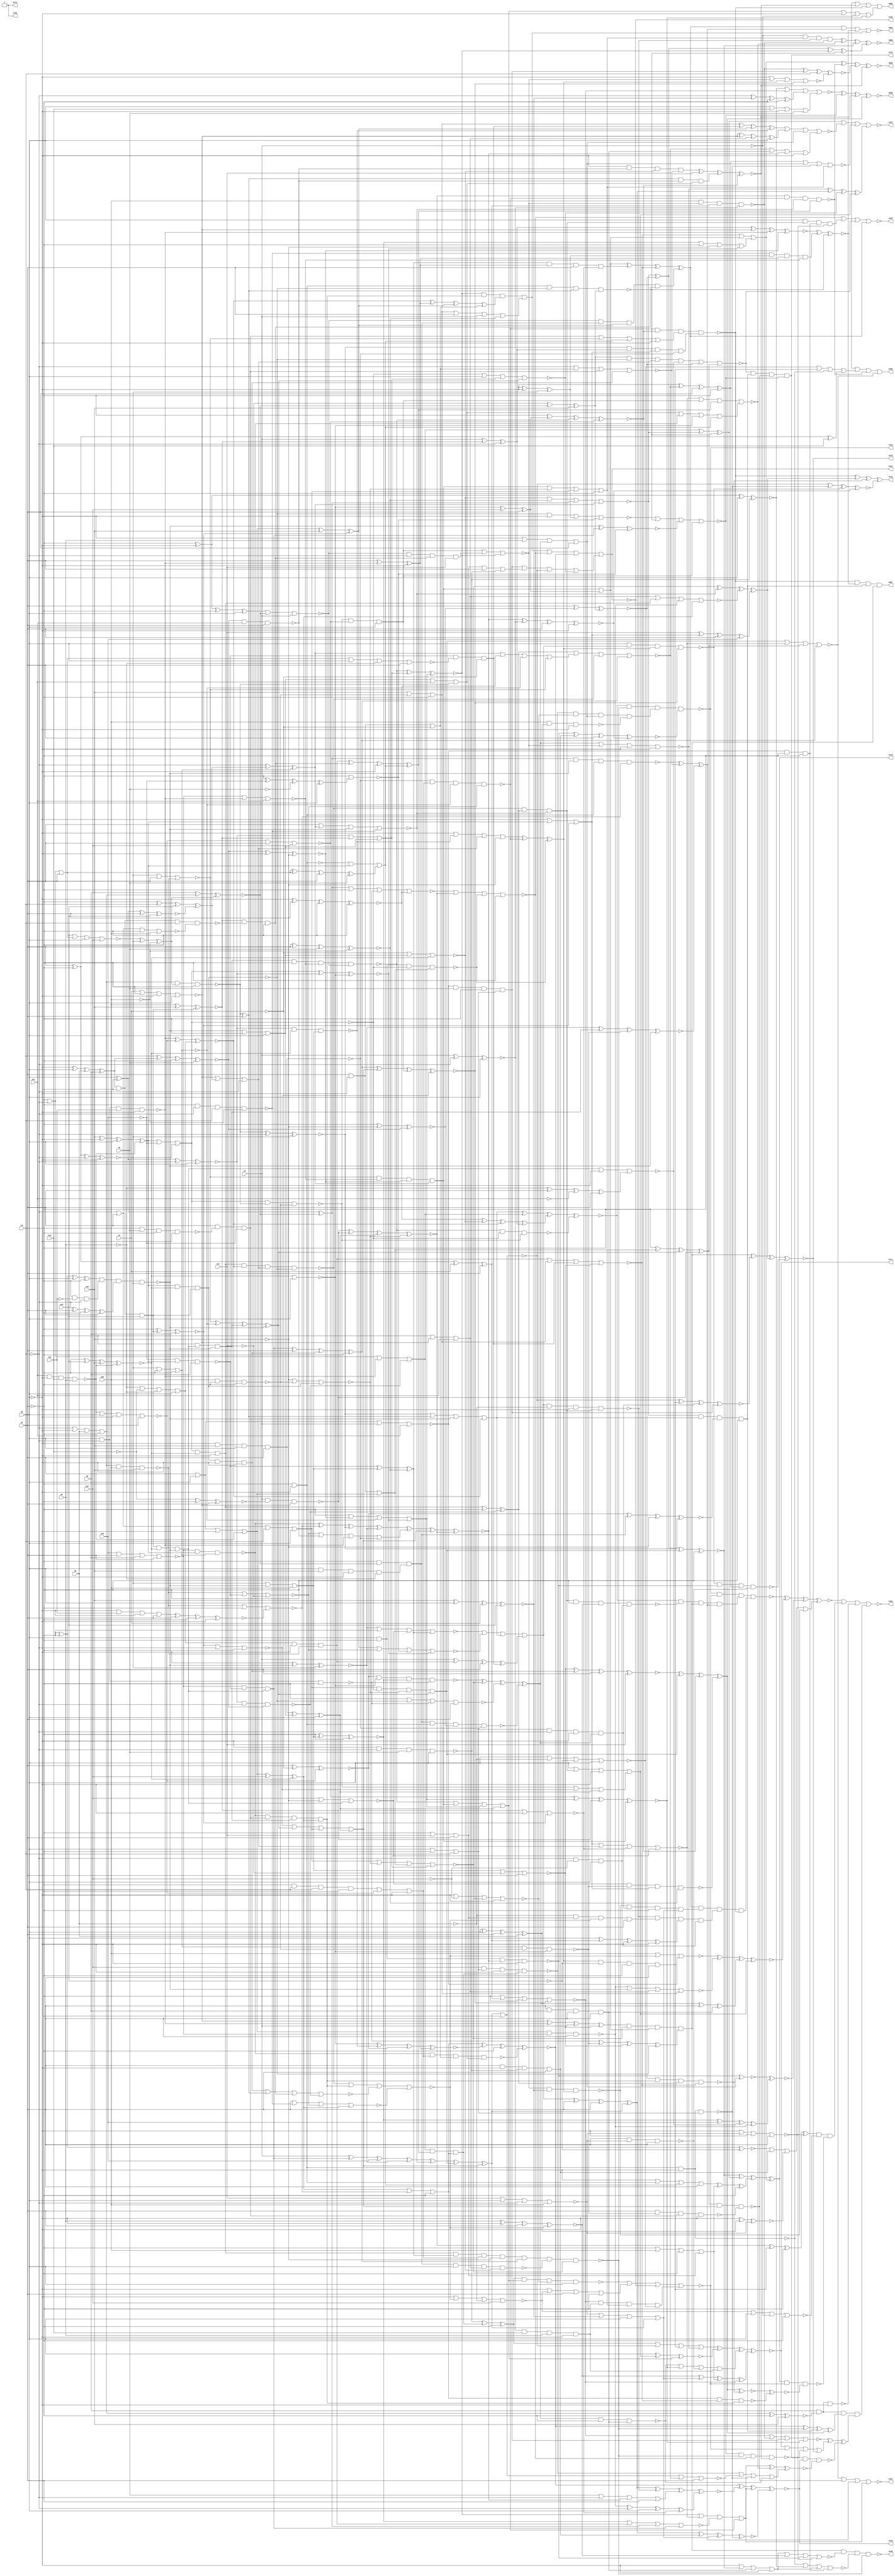
// Benchmark C:\Users\Lucas Nestor\Documents\osu\sp21\esl\circuit_generation\Stats\5_24_randomized_params\Stat_736_2431 written by SynthGen on 2021/05/24 19:48:30
module Stat_736_2431( n1, n2, n3, n4, n5, n6, n7, n8,
 n9, n10, n11, n12, n13, n14, n15, n16,
 n17, n18,
 n718, n721, n699, n697, n694, n695, n715, n717,
 n705, n719, n727, n711, n706, n712, n716, n713,
 n726, n707, n698, n696, n730, n753, n754);

input n1, n2, n3, n4, n5, n6, n7, n8,
 n9, n10, n11, n12, n13, n14, n15, n16,
 n17, n18;

output n718, n721, n699, n697, n694, n695, n715, n717,
 n705, n719, n727, n711, n706, n712, n716, n713,
 n726, n707, n698, n696, n730, n753, n754;

wire n19, n20, n21, n22, n23, n24, n25, n26,
 n27, n28, n29, n30, n31, n32, n33, n34,
 n35, n36, n37, n38, n39, n40, n41, n42,
 n43, n44, n45, n46, n47, n48, n49, n50,
 n51, n52, n53, n54, n55, n56, n57, n58,
 n59, n60, n61, n62, n63, n64, n65, n66,
 n67, n68, n69, n70, n71, n72, n73, n74,
 n75, n76, n77, n78, n79, n80, n81, n82,
 n83, n84, n85, n86, n87, n88, n89, n90,
 n91, n92, n93, n94, n95, n96, n97, n98,
 n99, n100, n101, n102, n103, n104, n105, n106,
 n107, n108, n109, n110, n111, n112, n113, n114,
 n115, n116, n117, n118, n119, n120, n121, n122,
 n123, n124, n125, n126, n127, n128, n129, n130,
 n131, n132, n133, n134, n135, n136, n137, n138,
 n139, n140, n141, n142, n143, n144, n145, n146,
 n147, n148, n149, n150, n151, n152, n153, n154,
 n155, n156, n157, n158, n159, n160, n161, n162,
 n163, n164, n165, n166, n167, n168, n169, n170,
 n171, n172, n173, n174, n175, n176, n177, n178,
 n179, n180, n181, n182, n183, n184, n185, n186,
 n187, n188, n189, n190, n191, n192, n193, n194,
 n195, n196, n197, n198, n199, n200, n201, n202,
 n203, n204, n205, n206, n207, n208, n209, n210,
 n211, n212, n213, n214, n215, n216, n217, n218,
 n219, n220, n221, n222, n223, n224, n225, n226,
 n227, n228, n229, n230, n231, n232, n233, n234,
 n235, n236, n237, n238, n239, n240, n241, n242,
 n243, n244, n245, n246, n247, n248, n249, n250,
 n251, n252, n253, n254, n255, n256, n257, n258,
 n259, n260, n261, n262, n263, n264, n265, n266,
 n267, n268, n269, n270, n271, n272, n273, n274,
 n275, n276, n277, n278, n279, n280, n281, n282,
 n283, n284, n285, n286, n287, n288, n289, n290,
 n291, n292, n293, n294, n295, n296, n297, n298,
 n299, n300, n301, n302, n303, n304, n305, n306,
 n307, n308, n309, n310, n311, n312, n313, n314,
 n315, n316, n317, n318, n319, n320, n321, n322,
 n323, n324, n325, n326, n327, n328, n329, n330,
 n331, n332, n333, n334, n335, n336, n337, n338,
 n339, n340, n341, n342, n343, n344, n345, n346,
 n347, n348, n349, n350, n351, n352, n353, n354,
 n355, n356, n357, n358, n359, n360, n361, n362,
 n363, n364, n365, n366, n367, n368, n369, n370,
 n371, n372, n373, n374, n375, n376, n377, n378,
 n379, n380, n381, n382, n383, n384, n385, n386,
 n387, n388, n389, n390, n391, n392, n393, n394,
 n395, n396, n397, n398, n399, n400, n401, n402,
 n403, n404, n405, n406, n407, n408, n409, n410,
 n411, n412, n413, n414, n415, n416, n417, n418,
 n419, n420, n421, n422, n423, n424, n425, n426,
 n427, n428, n429, n430, n431, n432, n433, n434,
 n435, n436, n437, n438, n439, n440, n441, n442,
 n443, n444, n445, n446, n447, n448, n449, n450,
 n451, n452, n453, n454, n455, n456, n457, n458,
 n459, n460, n461, n462, n463, n464, n465, n466,
 n467, n468, n469, n470, n471, n472, n473, n474,
 n475, n476, n477, n478, n479, n480, n481, n482,
 n483, n484, n485, n486, n487, n488, n489, n490,
 n491, n492, n493, n494, n495, n496, n497, n498,
 n499, n500, n501, n502, n503, n504, n505, n506,
 n507, n508, n509, n510, n511, n512, n513, n514,
 n515, n516, n517, n518, n519, n520, n521, n522,
 n523, n524, n525, n526, n527, n528, n529, n530,
 n531, n532, n533, n534, n535, n536, n537, n538,
 n539, n540, n541, n542, n543, n544, n545, n546,
 n547, n548, n549, n550, n551, n552, n553, n554,
 n555, n556, n557, n558, n559, n560, n561, n562,
 n563, n564, n565, n566, n567, n568, n569, n570,
 n571, n572, n573, n574, n575, n576, n577, n578,
 n579, n580, n581, n582, n583, n584, n585, n586,
 n587, n588, n589, n590, n591, n592, n593, n594,
 n595, n596, n597, n598, n599, n600, n601, n602,
 n603, n604, n605, n606, n607, n608, n609, n610,
 n611, n612, n613, n614, n615, n616, n617, n618,
 n619, n620, n621, n622, n623, n624, n625, n626,
 n627, n628, n629, n630, n631, n632, n633, n634,
 n635, n636, n637, n638, n639, n640, n641, n642,
 n643, n644, n645, n646, n647, n648, n649, n650,
 n651, n652, n653, n654, n655, n656, n657, n658,
 n659, n660, n661, n662, n663, n664, n665, n666,
 n667, n668, n669, n670, n671, n672, n673, n674,
 n675, n676, n677, n678, n679, n680, n681, n682,
 n683, n684, n685, n686, n687, n688, n689, n690,
 n691, n692, n693, n700, n701, n702, n703, n704,
 n708, n709, n710, n714, n720, n722, n723, n724,
 n725, n728, n729, n731, n732, n733, n734, n735,
 n736, n737, n738, n739, n740, n741, n742, n743,
 n744, n745, n746, n747, n748, n749, n750, n751,
 n752;

not  g0 (n20, n2);
buf  g1 (n26, n1);
buf  g2 (n22, n2);
buf  g3 (n21, n1);
buf  g4 (n25, n3);
not  g5 (n27, n1);
not  g6 (n24, n2);
not  g7 (n19, n2);
buf  g8 (n23, n1);
not  g9 (n46, n20);
buf  g10 (n51, n27);
not  g11 (n53, n25);
not  g12 (n39, n27);
buf  g13 (n42, n23);
buf  g14 (n61, n24);
buf  g15 (n31, n25);
not  g16 (n59, n25);
not  g17 (n36, n19);
not  g18 (n30, n19);
buf  g19 (n56, n23);
buf  g20 (n55, n19);
not  g21 (n52, n22);
not  g22 (n49, n20);
not  g23 (n41, n19);
not  g24 (n47, n24);
not  g25 (n62, n21);
buf  g26 (n38, n23);
buf  g27 (n32, n26);
buf  g28 (n60, n27);
not  g29 (n37, n26);
not  g30 (n43, n22);
not  g31 (n40, n27);
not  g32 (n28, n20);
not  g33 (n35, n26);
buf  g34 (n33, n24);
not  g35 (n50, n22);
buf  g36 (n29, n24);
not  g37 (n48, n26);
not  g38 (n44, n21);
not  g39 (n58, n20);
not  g40 (n54, n21);
not  g41 (n63, n25);
buf  g42 (n45, n22);
not  g43 (n34, n23);
buf  g44 (n57, n21);
buf  g45 (n170, n52);
not  g46 (n80, n61);
buf  g47 (n100, n15);
buf  g48 (n109, n18);
buf  g49 (n162, n54);
not  g50 (n197, n7);
not  g51 (n91, n46);
buf  g52 (n112, n5);
buf  g53 (n117, n37);
buf  g54 (n186, n5);
buf  g55 (n166, n35);
not  g56 (n147, n58);
not  g57 (n159, n31);
buf  g58 (n187, n33);
not  g59 (n87, n9);
buf  g60 (n198, n41);
buf  g61 (n121, n45);
not  g62 (n131, n17);
not  g63 (n125, n60);
not  g64 (n71, n38);
not  g65 (n70, n35);
not  g66 (n74, n10);
buf  g67 (n156, n39);
buf  g68 (n86, n35);
not  g69 (n191, n45);
buf  g70 (n184, n43);
not  g71 (n92, n55);
buf  g72 (n76, n30);
buf  g73 (n154, n38);
buf  g74 (n102, n3);
buf  g75 (n153, n29);
not  g76 (n78, n56);
not  g77 (n124, n10);
buf  g78 (n106, n61);
buf  g79 (n133, n60);
buf  g80 (n122, n37);
buf  g81 (n146, n37);
not  g82 (n150, n28);
not  g83 (n96, n60);
buf  g84 (n176, n42);
buf  g85 (n110, n46);
not  g86 (n199, n35);
not  g87 (n88, n31);
buf  g88 (n160, n50);
not  g89 (n175, n34);
not  g90 (n168, n15);
not  g91 (n101, n56);
buf  g92 (n161, n9);
buf  g93 (n193, n54);
not  g94 (n132, n4);
buf  g95 (n142, n55);
buf  g96 (n192, n12);
buf  g97 (n67, n52);
buf  g98 (n126, n11);
not  g99 (n195, n52);
not  g100 (n152, n32);
buf  g101 (n183, n16);
not  g102 (n200, n59);
not  g103 (n113, n9);
buf  g104 (n158, n34);
not  g105 (n83, n37);
not  g106 (n115, n16);
buf  g107 (n185, n40);
not  g108 (n68, n14);
buf  g109 (n155, n48);
not  g110 (n81, n61);
not  g111 (n65, n62);
not  g112 (n196, n49);
not  g113 (n194, n57);
buf  g114 (n104, n31);
not  g115 (n202, n47);
buf  g116 (n179, n33);
not  g117 (n128, n51);
not  g118 (n94, n13);
not  g119 (n75, n32);
not  g120 (n182, n8);
not  g121 (n157, n50);
buf  g122 (n139, n7);
buf  g123 (n173, n52);
buf  g124 (n144, n49);
buf  g125 (n123, n6);
buf  g126 (n120, n48);
not  g127 (n167, n56);
not  g128 (n95, n28);
not  g129 (n69, n11);
not  g130 (n93, n14);
not  g131 (n140, n58);
buf  g132 (n138, n12);
not  g133 (n73, n5);
buf  g134 (n99, n28);
not  g135 (n79, n17);
buf  g136 (n178, n49);
not  g137 (n163, n12);
not  g138 (n97, n50);
not  g139 (n107, n51);
buf  g140 (n84, n41);
not  g141 (n137, n44);
not  g142 (n72, n38);
buf  g143 (n148, n36);
buf  g144 (n108, n36);
buf  g145 (n64, n60);
buf  g146 (n119, n18);
not  g147 (n177, n46);
buf  g148 (n145, n53);
buf  g149 (n85, n12);
not  g150 (n136, n31);
not  g151 (n66, n32);
not  g152 (n89, n54);
buf  g153 (n171, n14);
buf  g154 (n103, n55);
not  g155 (n151, n62);
not  g156 (n143, n36);
not  g157 (n201, n50);
buf  g158 (n130, n51);
buf  g159 (n127, n18);
not  g160 (n134, n47);
buf  g161 (n188, n54);
xnor g162 (n169, n7, n63, n58);
or   g163 (n174, n46, n47, n48, n3);
and  g164 (n172, n56, n6, n57, n40);
xnor g165 (n90, n30, n34, n42, n15);
nor  g166 (n129, n10, n42, n6, n39);
nand g167 (n111, n11, n43, n14, n9);
nor  g168 (n181, n57, n45, n7, n11);
xor  g169 (n190, n40, n62, n4, n39);
xor  g170 (n149, n49, n28, n57, n8);
nor  g171 (n135, n4, n48, n29, n47);
or   g172 (n118, n59, n33, n8, n44);
nand g173 (n180, n29, n59, n5, n30);
xnor g174 (n189, n18, n41, n4, n15);
nand g175 (n114, n43, n58, n45, n40);
or   g176 (n82, n33, n13, n29, n39);
xnor g177 (n116, n62, n42, n53, n43);
nand g178 (n141, n30, n53, n13, n55);
nor  g179 (n77, n53, n32, n44, n16);
nor  g180 (n98, n34, n3, n13, n10);
nor  g181 (n165, n17, n41, n59, n16);
or   g182 (n164, n51, n44, n17, n38);
xor  g183 (n105, n61, n36, n8, n6);
not  g184 (n204, n64);
not  g185 (n203, n65);
not  g186 (n211, n204);
not  g187 (n210, n204);
buf  g188 (n212, n63);
not  g189 (n207, n204);
not  g190 (n209, n203);
buf  g191 (n205, n203);
not  g192 (n208, n203);
or   g193 (n206, n203, n63, n204);
and  g194 (n215, n210, n94, n212, n114);
xor  g195 (n220, n101, n74, n73, n80);
nand g196 (n224, n104, n112, n101, n103);
and  g197 (n233, n207, n104, n102, n86);
or   g198 (n231, n106, n207, n114, n99);
nor  g199 (n228, n107, n212, n102, n84);
xnor g200 (n244, n97, n101, n212, n110);
nor  g201 (n243, n111, n110, n106, n208);
or   g202 (n240, n87, n93, n113, n81);
nand g203 (n236, n72, n211, n91, n114);
xnor g204 (n238, n209, n209, n112, n115);
nand g205 (n234, n205, n88, n104, n115);
xor  g206 (n237, n210, n102, n100, n90);
xnor g207 (n226, n106, n208, n205, n75);
xnor g208 (n219, n205, n100, n109, n111);
nor  g209 (n222, n114, n98, n79, n211);
nor  g210 (n217, n100, n206, n110, n85);
or   g211 (n242, n70, n110, n103, n111);
and  g212 (n214, n105, n105, n207, n100);
and  g213 (n239, n95, n109, n108, n83);
xor  g214 (n235, n205, n106, n210, n108);
xnor g215 (n225, n82, n96, n211, n67);
and  g216 (n229, n108, n109, n103, n113);
xnor g217 (n221, n68, n207, n107);
xnor g218 (n216, n109, n103, n92, n111);
xor  g219 (n227, n206, n206, n209, n112);
nor  g220 (n230, n206, n108, n113, n89);
nand g221 (n223, n105, n101, n102, n77);
xor  g222 (n232, n113, n107, n69, n208);
xor  g223 (n213, n212, n209, n71, n208);
xor  g224 (n218, n66, n210, n76, n78);
xnor g225 (n241, n104, n105, n211, n112);
not  g226 (n249, n216);
buf  g227 (n247, n214);
buf  g228 (n250, n219);
not  g229 (n246, n115);
buf  g230 (n251, n116);
nand g231 (n248, n218, n215, n213, n116);
xor  g232 (n245, n217, n116, n115);
not  g233 (n260, n119);
buf  g234 (n274, n251);
buf  g235 (n265, n122);
buf  g236 (n271, n249);
not  g237 (n273, n122);
buf  g238 (n267, n248);
buf  g239 (n269, n117);
buf  g240 (n255, n250);
buf  g241 (n276, n123);
not  g242 (n259, n121);
buf  g243 (n252, n117);
xnor g244 (n272, n120, n247, n123);
or   g245 (n268, n248, n120, n121);
xnor g246 (n277, n118, n117, n119);
nand g247 (n261, n246, n120, n122);
xnor g248 (n253, n246, n119, n247);
and  g249 (n266, n249, n250, n247);
or   g250 (n258, n251, n248, n246);
nand g251 (n263, n118, n245, n122);
xnor g252 (n256, n123, n118, n245);
or   g253 (n270, n251, n117, n120);
nand g254 (n262, n124, n249, n123);
nor  g255 (n254, n250, n121);
or   g256 (n264, n249, n124, n251);
nand g257 (n275, n118, n246, n119);
and  g258 (n257, n247, n250, n248);
not  g259 (n333, n143);
buf  g260 (n331, n141);
buf  g261 (n346, n130);
buf  g262 (n324, n130);
not  g263 (n348, n252);
not  g264 (n310, n266);
buf  g265 (n292, n145);
not  g266 (n349, n266);
not  g267 (n369, n259);
not  g268 (n364, n273);
not  g269 (n361, n264);
buf  g270 (n284, n135);
not  g271 (n315, n270);
not  g272 (n343, n124);
buf  g273 (n353, n142);
buf  g274 (n347, n267);
buf  g275 (n357, n238);
buf  g276 (n325, n267);
buf  g277 (n293, n137);
buf  g278 (n359, n139);
buf  g279 (n354, n254);
buf  g280 (n278, n234);
buf  g281 (n320, n226);
not  g282 (n290, n144);
not  g283 (n296, n236);
not  g284 (n306, n239);
not  g285 (n304, n127);
not  g286 (n335, n131);
buf  g287 (n336, n128);
buf  g288 (n326, n222);
not  g289 (n367, n228);
not  g290 (n339, n269);
nor  g291 (n332, n258, n131, n137);
xnor g292 (n297, n241, n259, n260);
xor  g293 (n281, n131, n256, n127);
or   g294 (n329, n142, n271, n272);
and  g295 (n337, n134, n257, n267);
or   g296 (n371, n244, n253, n268);
nor  g297 (n340, n275, n252, n225);
or   g298 (n365, n273, n140, n242);
xor  g299 (n305, n136, n237, n270);
or   g300 (n298, n236, n271, n227);
nand g301 (n286, n270, n261, n254);
nor  g302 (n317, n130, n133, n220);
nor  g303 (n344, n274, n125, n275);
xor  g304 (n285, n262, n258, n238);
nand g305 (n288, n244, n255, n258);
nor  g306 (n372, n260, n261, n266);
and  g307 (n341, n240, n142, n275);
nor  g308 (n308, n235, n256, n139);
xor  g309 (n360, n242, n138, n255);
xnor g310 (n300, n263, n128, n231);
xor  g311 (n283, n242, n127, n272);
xor  g312 (n295, n143, n259, n274);
nand g313 (n309, n129, n271, n270);
xnor g314 (n318, n263, n136, n274);
nor  g315 (n338, n265, n125, n271);
nand g316 (n313, n145, n144, n269);
nor  g317 (n280, n257, n259, n232);
nor  g318 (n350, n138, n260, n257);
xnor g319 (n302, n265, n260, n241);
or   g320 (n323, n233, n243, n140);
nand g321 (n303, n244, n136, n241);
or   g322 (n307, n143, n135, n126);
nor  g323 (n299, n132, n268, n255);
xnor g324 (n351, n141, n243, n240);
xor  g325 (n312, n137, n141, n134);
nand g326 (n366, n264, n263, n261);
and  g327 (n321, n266, n143, n134);
xnor g328 (n356, n134, n267, n274);
and  g329 (n319, n273, n224, n124);
xnor g330 (n328, n130, n258, n133);
and  g331 (n287, n133, n256, n229);
nor  g332 (n294, n129, n141, n126);
and  g333 (n291, n253, n223, n252);
and  g334 (n282, n129, n262, n257);
and  g335 (n342, n262, n230, n132);
nand g336 (n368, n139, n221, n135);
or   g337 (n301, n127, n261, n269);
or   g338 (n358, n142, n273, n132);
or   g339 (n327, n135, n237, n145);
nor  g340 (n362, n243, n125, n138);
xor  g341 (n316, n144, n265, n256);
nor  g342 (n330, n275, n262, n131);
xor  g343 (n370, n239, n268, n144);
nor  g344 (n373, n272, n145, n265);
or   g345 (n352, n268, n126, n263);
xnor g346 (n289, n264, n244, n254);
nand g347 (n311, n242, n129, n137);
xnor g348 (n355, n125, n132, n243);
xor  g349 (n314, n139, n253, n136);
xor  g350 (n363, n254, n138, n128);
and  g351 (n279, n133, n252, n269);
nor  g352 (n334, n253, n140, n272);
nand g353 (n345, n241, n126, n128);
and  g354 (n322, n264, n255, n140);
xor  g355 (n411, n284, n331, n359, n332);
xnor g356 (n403, n332, n321, n339, n335);
xor  g357 (n409, n351, n312, n283, n358);
or   g358 (n376, n341, n301, n342, n332);
and  g359 (n406, n290, n345, n299, n335);
nor  g360 (n444, n324, n349, n313, n348);
and  g361 (n401, n345, n338, n342, n303);
xnor g362 (n435, n355, n287, n304, n318);
nand g363 (n384, n306, n323, n315, n330);
xor  g364 (n386, n344, n315, n337, n347);
nor  g365 (n441, n328, n341, n316, n282);
nor  g366 (n414, n316, n346, n313, n320);
xnor g367 (n394, n293, n302, n281, n326);
or   g368 (n379, n329, n327, n334, n350);
nand g369 (n419, n287, n296, n302, n306);
and  g370 (n415, n285, n312, n348, n334);
xor  g371 (n385, n282, n339, n321, n324);
nor  g372 (n442, n310, n290, n295, n317);
and  g373 (n383, n354, n326, n279, n353);
xor  g374 (n454, n311, n292, n333, n334);
xnor g375 (n421, n354, n288, n355, n312);
and  g376 (n408, n308, n287, n283, n291);
or   g377 (n377, n346, n297, n315, n289);
nor  g378 (n378, n299, n357, n316, n305);
nand g379 (n429, n287, n333, n307, n299);
nand g380 (n433, n294, n293, n308, n325);
and  g381 (n405, n322, n285, n323, n304);
nor  g382 (n423, n336, n278, n330, n360);
nor  g383 (n450, n289, n279, n288, n338);
xnor g384 (n380, n322, n324, n303, n326);
xnor g385 (n390, n341, n291, n290, n298);
nand g386 (n393, n296, n310, n300, n281);
or   g387 (n396, n319, n344, n298, n353);
nor  g388 (n381, n338, n360, n340, n346);
or   g389 (n446, n301, n339, n359, n357);
and  g390 (n447, n314, n334, n320, n295);
nor  g391 (n426, n356, n279, n350, n285);
nand g392 (n434, n355, n354, n328, n313);
nand g393 (n374, n302, n355, n326, n323);
xor  g394 (n452, n301, n342, n283, n288);
xor  g395 (n456, n328, n343, n280, n311);
xor  g396 (n445, n359, n341, n339, n342);
or   g397 (n438, n305, n320, n315, n344);
nand g398 (n440, n350, n286, n329, n357);
xor  g399 (n425, n313, n286, n332, n349);
and  g400 (n413, n357, n349, n280, n358);
or   g401 (n375, n318, n300, n325, n351);
or   g402 (n439, n353, n288, n327, n304);
xnor g403 (n422, n314, n284, n331, n297);
xor  g404 (n418, n359, n282, n343, n356);
and  g405 (n416, n281, n310, n327, n280);
nand g406 (n398, n340, n297, n292, n338);
and  g407 (n388, n309, n319, n337, n360);
or   g408 (n404, n328, n279, n304, n289);
and  g409 (n412, n300, n345, n352);
xnor g410 (n407, n356, n337, n286, n347);
and  g411 (n397, n308, n333, n291, n335);
xor  g412 (n420, n336, n350, n302, n280);
nor  g413 (n410, n283, n330, n317, n289);
xor  g414 (n402, n310, n295, n278, n285);
nand g415 (n389, n344, n294, n297, n305);
xnor g416 (n455, n343, n336, n281, n348);
xor  g417 (n417, n335, n329, n293, n343);
nand g418 (n432, n309, n323, n358, n352);
or   g419 (n428, n330, n345, n331, n306);
and  g420 (n391, n337, n346, n294, n308);
or   g421 (n449, n290, n296, n298, n348);
nand g422 (n387, n322, n351, n327, n349);
nor  g423 (n395, n293, n305, n347, n278);
nand g424 (n437, n336, n286, n319, n353);
and  g425 (n436, n278, n295, n312, n294);
or   g426 (n400, n352, n309, n354, n298);
nand g427 (n443, n316, n325, n296, n340);
nor  g428 (n382, n292, n358, n319, n321);
nor  g429 (n399, n321, n300, n291, n303);
and  g430 (n448, n318, n314, n329, n306);
xor  g431 (n431, n309, n340, n318, n356);
or   g432 (n392, n292, n324, n331, n303);
nor  g433 (n430, n307, n322, n311, n360);
xor  g434 (n427, n320, n299, n351, n314);
xor  g435 (n453, n284, n284, n307, n333);
nor  g436 (n451, n311, n347, n307, n301);
xnor g437 (n424, n325, n282, n317);
not  g438 (n464, n390);
buf  g439 (n471, n382);
buf  g440 (n459, n377);
not  g441 (n477, n381);
not  g442 (n472, n379);
buf  g443 (n467, n395);
not  g444 (n461, n380);
buf  g445 (n476, n392);
buf  g446 (n460, n386);
not  g447 (n468, n374);
buf  g448 (n466, n384);
buf  g449 (n470, n385);
not  g450 (n474, n376);
buf  g451 (n469, n375);
buf  g452 (n473, n387);
buf  g453 (n462, n394);
not  g454 (n458, n391);
not  g455 (n478, n383);
buf  g456 (n465, n378);
buf  g457 (n475, n393);
not  g458 (n457, n389);
buf  g459 (n463, n388);
nor  g460 (n481, n361, n369, n371, n460);
xor  g461 (n479, n362, n459, n368, n457);
nor  g462 (n483, n457, n363);
xnor g463 (n480, n461, n459, n365, n369);
xnor g464 (n482, n364, n365, n460, n368);
nor  g465 (n494, n457, n372, n367, n364);
xnor g466 (n486, n458, n371, n459);
or   g467 (n495, n366, n373, n370);
nor  g468 (n490, n367, n372, n365, n371);
or   g469 (n492, n458, n457, n459, n370);
xor  g470 (n485, n368, n368, n370, n372);
nand g471 (n487, n458, n361, n366);
and  g472 (n488, n369, n364, n361, n365);
xnor g473 (n484, n364, n363, n458, n362);
and  g474 (n489, n366, n362, n369);
or   g475 (n491, n373, n460, n367, n370);
and  g476 (n493, n367, n361, n372, n460);
not  g477 (n510, n494);
buf  g478 (n511, n481);
not  g479 (n507, n480);
not  g480 (n503, n483);
not  g481 (n504, n482);
not  g482 (n506, n485);
buf  g483 (n497, n484);
buf  g484 (n496, n486);
buf  g485 (n505, n493);
buf  g486 (n502, n490);
not  g487 (n508, n479);
buf  g488 (n500, n487);
buf  g489 (n499, n489);
not  g490 (n501, n488);
buf  g491 (n498, n491);
buf  g492 (n509, n492);
nor  g493 (n513, n473, n463, n399, n423);
nor  g494 (n540, n472, n499, n464, n400);
xnor g495 (n538, n469, n476, n427, n500);
or   g496 (n547, n474, n503, n404);
nor  g497 (n536, n442, n475, n424, n499);
xnor g498 (n550, n406, n471, n412, n497);
xnor g499 (n548, n422, n468, n436, n475);
xnor g500 (n521, n431, n428, n498, n506);
nor  g501 (n522, n461, n438, n473, n470);
or   g502 (n552, n496, n472, n441, n466);
xor  g503 (n532, n502, n467, n430, n417);
and  g504 (n524, n476, n476, n464, n477);
xor  g505 (n516, n439, n466, n501);
and  g506 (n545, n465, n469, n435, n146);
nand g507 (n528, n462, n463, n461, n474);
or   g508 (n526, n500, n469, n402, n398);
xor  g509 (n543, n476, n401, n465, n475);
nor  g510 (n518, n501, n478, n500, n433);
nand g511 (n541, n405, n470, n429, n502);
xor  g512 (n542, n503, n415, n474, n408);
xor  g513 (n554, n465, n462, n496, n475);
or   g514 (n519, n478, n472, n464, n447);
nand g515 (n544, n468, n413, n471, n497);
nor  g516 (n535, n414, n506, n501, n146);
xnor g517 (n515, n470, n498, n499, n373);
and  g518 (n517, n473, n478, n461, n467);
and  g519 (n531, n496, n463, n409, n446);
nor  g520 (n546, n416, n462, n504);
xnor g521 (n527, n465, n462, n505, n146);
xor  g522 (n512, n418, n467, n505, n498);
xor  g523 (n537, n443, n471, n407);
nor  g524 (n523, n499, n397, n468, n496);
xnor g525 (n534, n477, n421, n146, n432);
nand g526 (n530, n506, n466, n467, n464);
nand g527 (n533, n504, n498, n478, n437);
nand g528 (n520, n500, n420, n473, n468);
or   g529 (n514, n426, n410, n469, n445);
xor  g530 (n549, n403, n505, n497, n440);
nor  g531 (n529, n505, n472, n504, n470);
and  g532 (n551, n411, n502, n503, n425);
nand g533 (n553, n466, n497, n396, n448);
xor  g534 (n525, n434, n502, n444, n419);
nand g535 (n539, n477, n477, n474, n463);
nand g536 (n556, n183, n526, n149, n170);
nand g537 (n597, n152, n151, n526, n169);
or   g538 (n592, n149, n177, n520, n170);
nand g539 (n583, n166, n190, n514, n184);
xnor g540 (n566, n518, n158, n167, n168);
nand g541 (n579, n179, n173, n155, n160);
nor  g542 (n555, n512, n155, n522, n154);
and  g543 (n557, n191, n188, n154, n163);
and  g544 (n582, n181, n186, n167, n174);
nor  g545 (n601, n162, n162, n188, n512);
nor  g546 (n599, n525, n523, n150, n147);
nand g547 (n571, n175, n165, n154, n520);
or   g548 (n567, n147, n526, n156, n184);
xor  g549 (n585, n180, n524, n152);
xnor g550 (n568, n521, n169, n185, n184);
nand g551 (n598, n178, n514, n516, n515);
xor  g552 (n581, n166, n156, n171);
or   g553 (n564, n157, n517, n187, n495);
and  g554 (n558, n169, n171, n161, n160);
nand g555 (n580, n525, n166, n172, n520);
nand g556 (n609, n170, n167, n153, n174);
nor  g557 (n586, n162, n190, n158, n515);
xor  g558 (n562, n157, n190, n150, n191);
xor  g559 (n591, n519, n526, n517);
and  g560 (n600, n519, n159, n163, n157);
or   g561 (n603, n186, n159, n521, n185);
xor  g562 (n615, n177, n149, n165, n519);
nand g563 (n606, n183, n523, n190, n169);
xnor g564 (n578, n166, n184, n178, n180);
and  g565 (n574, n156, n148, n161, n160);
nor  g566 (n614, n177, n523, n516, n515);
xor  g567 (n576, n518, n149, n185, n172);
xor  g568 (n604, n191, n179, n176, n164);
nor  g569 (n589, n150, n513, n182, n192);
nand g570 (n611, n514, n182, n191, n517);
and  g571 (n590, n516, n168, n152, n175);
nand g572 (n572, n192, n174, n173, n524);
or   g573 (n570, n178, n171, n177, n186);
and  g574 (n596, n182, n164, n513, n151);
and  g575 (n608, n181, n519, n155, n158);
xnor g576 (n569, n524, n522, n188, n163);
or   g577 (n560, n153, n161, n525, n176);
or   g578 (n612, n165, n189, n148, n512);
or   g579 (n613, n179, n527, n172, n170);
xor  g580 (n565, n160, n522, n185, n162);
and  g581 (n573, n174, n159, n173, n525);
or   g582 (n602, n522, n172, n521, n153);
nand g583 (n607, n178, n188, n521, n150);
xor  g584 (n575, n514, n175, n154, n512);
or   g585 (n610, n158, n183, n167, n164);
nand g586 (n593, n523, n520, n189, n516);
nand g587 (n587, n186, n518, n187, n147);
or   g588 (n584, n164, n151, n518, n180);
nor  g589 (n561, n153, n165, n147, n176);
nor  g590 (n563, n183, n513, n181);
nor  g591 (n595, n187, n163, n515, n173);
xor  g592 (n588, n159, n189, n155, n152);
and  g593 (n605, n176, n187, n180, n156);
nor  g594 (n559, n157, n182, n168, n148);
nor  g595 (n594, n151, n148, n168, n189);
xnor g596 (n577, n161, n179, n175, n513);
or   g597 (n669, n594, n570, n557, n593);
nor  g598 (n684, n575, n558, n599, n571);
or   g599 (n674, n615, n450, n562, n567);
or   g600 (n651, n588, n602, n573);
or   g601 (n676, n605, n603, n199, n198);
and  g602 (n632, n593, n573, n193, n612);
xor  g603 (n667, n506, n590, n193, n561);
nand g604 (n685, n510, n198, n563, n574);
or   g605 (n627, n585, n601, n590, n599);
nor  g606 (n658, n589, n198, n197, n194);
xnor g607 (n660, n589, n615, n194, n201);
xnor g608 (n645, n455, n584, n596, n566);
nor  g609 (n647, n579, n578, n613, n608);
and  g610 (n654, n586, n558, n510, n559);
nor  g611 (n673, n586, n606, n582, n508);
nor  g612 (n665, n611, n507, n574, n195);
nor  g613 (n671, n583, n200, n507, n563);
xnor g614 (n664, n195, n570, n192, n562);
or   g615 (n686, n602, n597, n615, n599);
nand g616 (n631, n591, n194, n577, n600);
and  g617 (n634, n197, n510, n611, n606);
nor  g618 (n657, n585, n200, n608, n594);
xor  g619 (n656, n569, n566, n603, n588);
nor  g620 (n663, n580, n600, n592, n583);
xnor g621 (n668, n563, n451, n576, n564);
xnor g622 (n633, n575, n605, n612, n609);
xor  g623 (n643, n599, n575, n511, n564);
nor  g624 (n661, n558, n508, n588, n576);
nor  g625 (n689, n573, n576, n567);
nand g626 (n680, n614, n596, n564, n507);
or   g627 (n644, n580, n508, n571, n558);
xnor g628 (n630, n587, n202, n564, n509);
and  g629 (n629, n611, n596, n562, n600);
nor  g630 (n659, n614, n595, n591, n578);
and  g631 (n662, n598, n604, n585, n581);
or   g632 (n638, n582, n584, n601, n511);
or   g633 (n677, n566, n605, n615, n593);
and  g634 (n681, n562, n201, n567, n608);
or   g635 (n652, n597, n613, n596, n576);
nand g636 (n655, n585, n509, n595, n201);
nor  g637 (n628, n578, n586, n588, n570);
xnor g638 (n687, n557, n597, n572, n574);
nand g639 (n623, n598, n607, n565, n571);
or   g640 (n636, n559, n590, n579, n581);
or   g641 (n653, n196, n589, n199, n193);
or   g642 (n640, n509, n196, n197, n508);
xnor g643 (n691, n559, n507, n566, n583);
nor  g644 (n635, n587, n579, n200, n201);
nor  g645 (n646, n613, n577, n607, n561);
and  g646 (n624, n572, n595, n560, n556);
and  g647 (n625, n195, n591, n608, n561);
or   g648 (n648, n563, n589, n569);
xnor g649 (n639, n449, n610, n194, n592);
nor  g650 (n690, n577, n610, n584, n580);
nor  g651 (n649, n565, n560, n609, n510);
nor  g652 (n641, n452, n453, n560, n602);
and  g653 (n688, n197, n594, n565, n196);
or   g654 (n682, n587, n195, n511, n603);
xnor g655 (n626, n606, n582, n200, n614);
xnor g656 (n616, n601, n590, n573, n582);
xnor g657 (n622, n601, n609, n598, n568);
xor  g658 (n672, n559, n196, n612, n610);
or   g659 (n678, n198, n509, n569, n606);
xor  g660 (n621, n577, n612, n610, n586);
nand g661 (n679, n604, n592, n192, n583);
xnor g662 (n617, n575, n611, n603, n454);
or   g663 (n618, n572, n555, n609, n580);
nor  g664 (n675, n511, n604, n613, n592);
xnor g665 (n620, n607, n605, n199, n568);
and  g666 (n619, n199, n595, n572, n584);
and  g667 (n637, n581, n598, n593, n561);
nor  g668 (n683, n571, n565, n581, n614);
xnor g669 (n670, n607, n560, n587, n456);
nor  g670 (n642, n600, n193, n594, n568);
nor  g671 (n650, n597, n570, n574, n578);
and  g672 (n666, n579, n604, n591, n568);
xor  g673 (n713, n553, n532, n528, n622);
and  g674 (n702, n530, n648, n546, n642);
nor  g675 (n726, n535, n625, n546, n542);
or   g676 (n693, n544, n651, n532, n542);
xnor g677 (n715, n551, n616, n532, n623);
nor  g678 (n694, n542, n537, n548, n531);
or   g679 (n706, n554, n636, n530, n529);
and  g680 (n723, n542, n632, n629, n553);
xor  g681 (n728, n534, n541, n545, n549);
or   g682 (n709, n527, n540, n547, n534);
nor  g683 (n707, n529, n533, n537, n552);
or   g684 (n712, n531, n535, n534, n638);
and  g685 (n697, n553, n548, n545, n551);
or   g686 (n701, n635, n543, n545, n539);
and  g687 (n722, n538, n631, n551, n537);
nor  g688 (n692, n538, n543, n548, n533);
xnor g689 (n699, n628, n536, n550, n549);
and  g690 (n721, n546, n545, n533, n536);
or   g691 (n696, n554, n550, n553, n640);
and  g692 (n708, n548, n528, n645);
xnor g693 (n698, n634, n540, n527, n554);
xor  g694 (n703, n539, n549, n619, n532);
xnor g695 (n695, n547, n530, n626, n550);
and  g696 (n700, n652, n650, n530, n546);
nor  g697 (n727, n543, n641, n649, n643);
nand g698 (n724, n536, n541, n535, n550);
xnor g699 (n714, n549, n528, n544, n539);
xor  g700 (n719, n527, n543, n639, n547);
xnor g701 (n718, n534, n617, n552, n633);
nand g702 (n716, n538, n541, n624, n620);
xnor g703 (n717, n627, n630, n644, n621);
xnor g704 (n725, n552, n540, n618);
or   g705 (n711, n539, n537, n531, n544);
nand g706 (n705, n551, n646, n647, n541);
nand g707 (n704, n538, n533, n536, n637);
nand g708 (n710, n531, n547, n529, n535);
or   g709 (n720, n552, n554, n544, n529);
buf  g710 (n729, n713);
not  g711 (n730, n712);
nor  g712 (n731, n655, n653, n730, n654);
or   g713 (n733, n717, n731, n724, n715);
nand g714 (n734, n716, n731, n722, n723);
nand g715 (n735, n721, n718, n720, n725);
nand g716 (n732, n719, n731, n714);
xor  g717 (n739, n656, n661, n672, n735);
nand g718 (n738, n671, n660, n735, n679);
xnor g719 (n742, n678, n664, n734, n662);
xor  g720 (n740, n673, n733, n735);
or   g721 (n736, n657, n663, n676, n675);
xnor g722 (n743, n734, n668, n670, n677);
and  g723 (n741, n667, n658, n732, n674);
nand g724 (n737, n659, n665, n669, n666);
nand g725 (n745, n688, n738, n685, n681);
or   g726 (n744, n739, n691, n682, n683);
nor  g727 (n747, n689, n687, n680, n737);
nor  g728 (n746, n686, n690, n684, n736);
xnor g729 (n751, n276, n727, n746, n747);
and  g730 (n748, n276, n277, n728, n740);
nand g731 (n749, n277, n276, n202);
nor  g732 (n752, n744, n202, n277, n747);
and  g733 (n750, n726, n745, n277, n202);
nand g734 (n753, n752, n750, n742, n751);
nor  g735 (n754, n743, n741, n749, n748);
endmodule